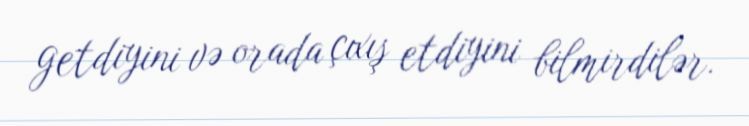
getdiyini və orada çıxış etdiyini bilmirdilər.